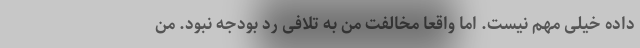
داده خیلی مهم نیست. اما واقعا مخالفت من به تلافی رد بودجه نبود. من